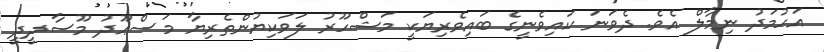
އަހުމަދު ނިމާލް އެވެ. ދެވަނަ ކައިވެނީގެ ބައިވެރިޔަކީ މަޝްހޫރު ލަވަކިޔުންތެރިޔާ މަސްޢޫދު މޫސާދީދީ